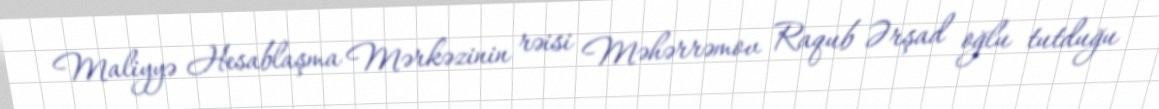
Maliyyə Hesablaşma Mərkəzinin rəisi Məhərrəmov Raqub Ərşad oğlu tutduğu